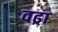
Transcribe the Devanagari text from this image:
वढ्रा